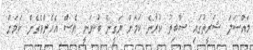
މައްސަލަ ޝަރީތުގައި ސާބިތު ކުރާނެ ކަމަށް ޔަގީނޭ ބުނަނީ ވެސް އެހެންވެގެން ކަމަށް